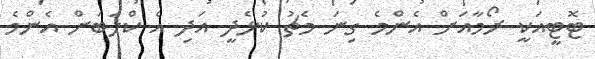
ޓޮޓީއަކީ ރޯމާއަށް އެންމެ ގިނަ މެޗު ކުޅެދީ އަދި އެ ކްލަބަށް އެންމެ